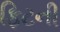
ફિટની